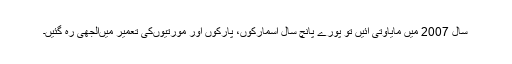
سال 2007 میں مایاوتی آئیں تو پورے پانچ سال اسمارکوں، پارکوں اور مورتیوںکی تعمیر میںالجھی رہ گئیں۔